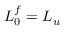
L _ { 0 } ^ { f } = L _ { u }